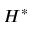
H ^ { * }